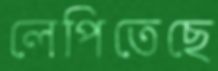
লেপিতেছে